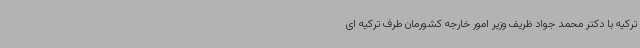
ترکیه با دکتر محمد جواد ظریف وزیر امور خارجه کشورمان طرف ترکیه ای